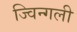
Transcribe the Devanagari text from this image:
ज्विन्गली